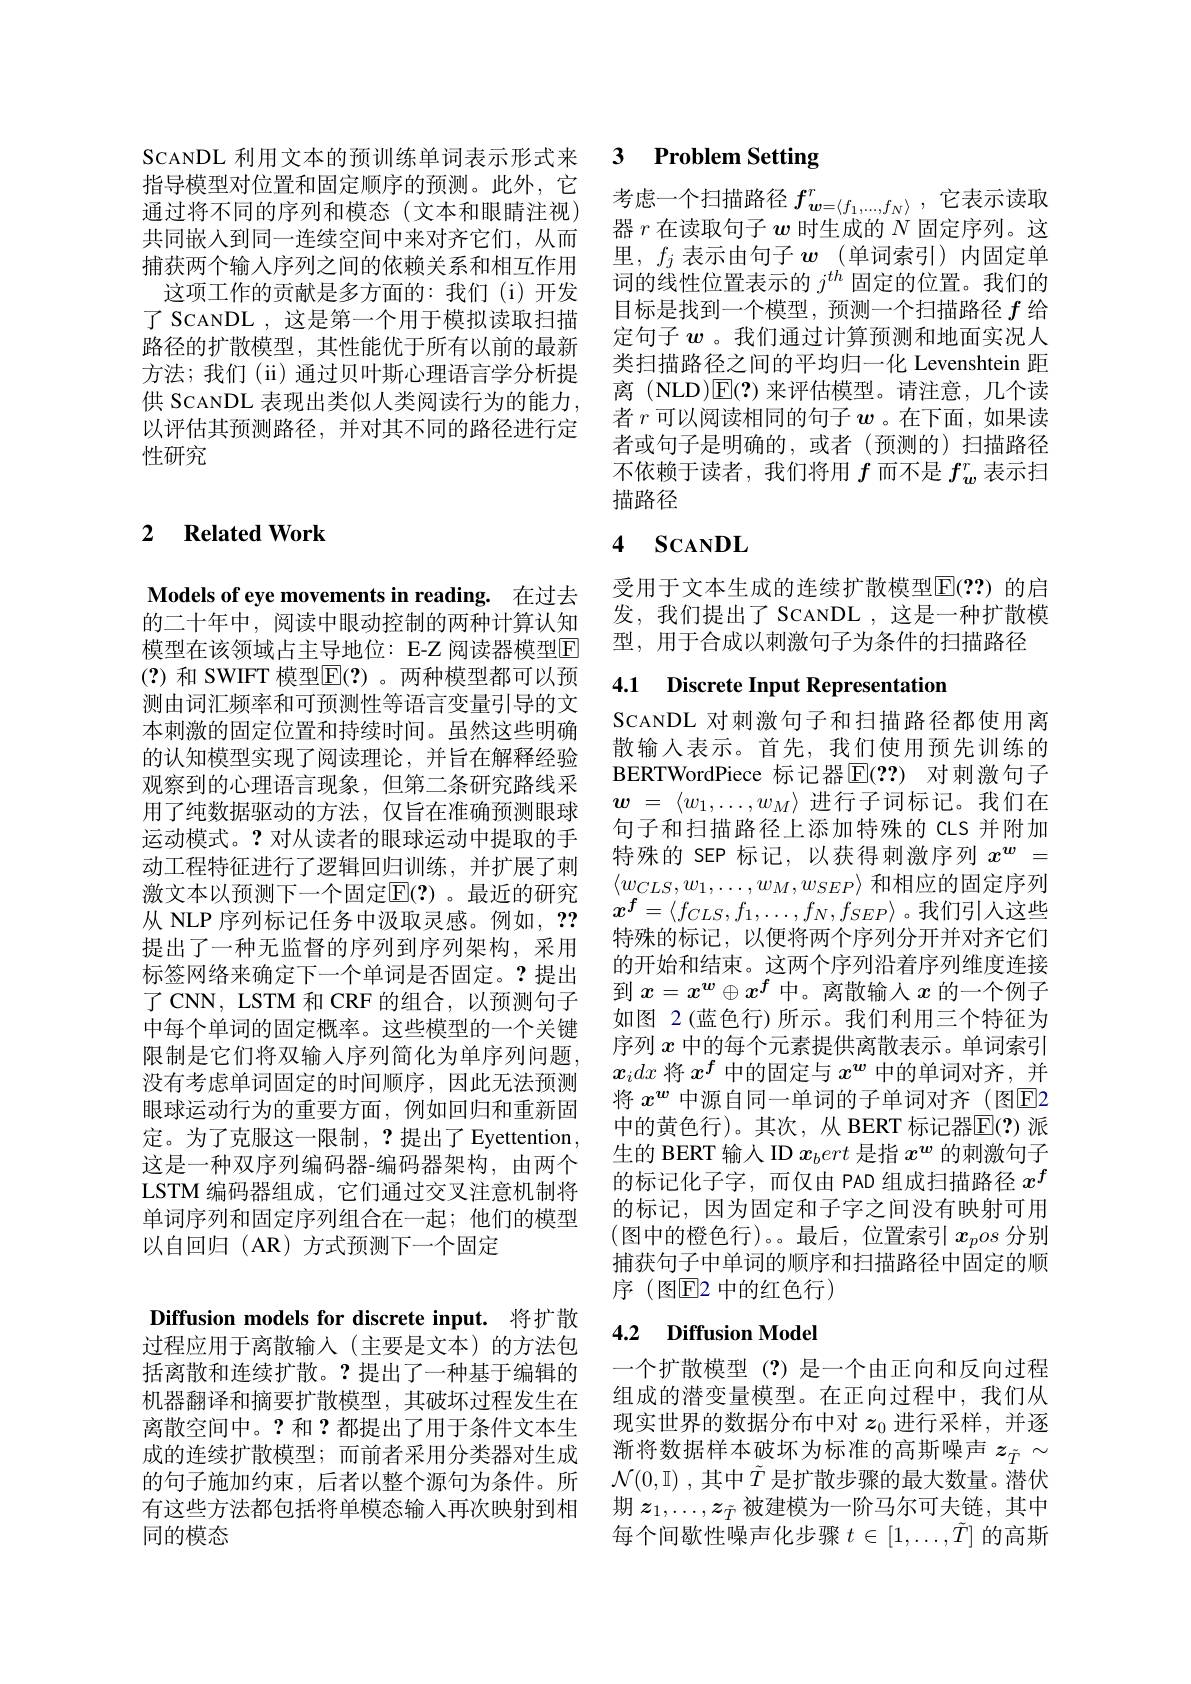
指导模型对位置和固定顺序的预测。此外，它通过将不同的序列和模态(文本和眼睛注视) 共同嵌入到同一连续空间中来对齐它们，从而捕获两个输入序列之间的依赖关系和相互作用
这项工作的贡献是多方面的：我们(i)开发了 SCANDL , 这是第一个用于模拟读取扫描路径的扩散模型，其性能优于所有以前的最新方法；我们(ii)通过贝叶斯心理语言学分析提供 SCANDL 表现出类似人类阅读行为的能力， 以评估其预测路径，并对其不同的路径进行定性研究

### 2 $\textbf{Related Work}$

Models of eye movements in reading. 在过去的二十年中，阅读中眼动控制的两种计算认知模型在该领域占主导地位：E-Z 阅读器模型$\boxed{\mathrm{F}}$ (?)和 SWIFT 模型$\overline{\mathrm{E}}(?)$。两种模型都可以预测由词汇频率和可预测性等语言变量引导的文本刺激的固定位置和持续时间。虽然这些明确的认知模型实现了阅读理论，并旨在解释经验观察到的心理语言现象，但第二条研究路线采用了纯数据驱动的方法，仅旨在准确预测眼球运动模式。?对从读者的眼球运动中提取的手动工程特征进行了逻辑回归训练，并扩展了刺激文本以预测下一个固定$\overline{\mathrm{E}}(?)$。最近的研究提出了一种无监督的序列到序列架构，采用标签网络来确定下一个单词是否固定。?提出了CNN，LSTM 和 CRF 的组合，以预测句子中每个单词的固定概率。这些模型的一个关键限制是它们将双输入序列简化为单序列问题没有考虑单词固定的时间顺序，因此无法预测眼球运动行为的重要方面，例如回归和重新固定。为了克服这一限制，?提出了Eyettention， 这是一种双序列编码器-编码器架构，由两个LSTM 编码器组成，它们通过交叉注意机制将单词序列和固定序列组合在一起；他们的模型以自回归(AR)方式预测下一个固定

Diffusion models for discrete input. 将扩散过程应用于离散输入(主要是文本)的方法包括离散和连续扩散。?提出了一种基于编辑的机器翻译和摘要扩散模型，其破坏过程发生在离散空间中。?和？都提出了用于条件文本生成的连续扩散模型；而前者采用分类器对生成的句子施加约束，后者以整个源句为条件。所有这些方法都包括将单模态输入再次映射到相 期$z_1,\ldots,z_{\tilde{T}}$被建模为一阶马尔可夫链，其中
同的模态

## SCANDL 利用文本的预训练单词表示形式来 3 Problem Setting

考虑一个扫描路径$f_{\boldsymbol{w}=\langle f_1,\ldots,f_N\rangle}^r$,它表示读取器$r$在读取句子$w$时生成的$N$固定序列。这里，$f_j$表示由句子$w$ (单词索引)内固定单词的线性位置表示的$j^{th}$固定的位置。我们的目标是找到一个模型，预测一个扫描路径$f$给定句子$w$ 。我们通过计算预测和地面实况人类扫描路径之间的平均归一化 Levenshtein 距离 (NLD)$\mathbb{E}(?)$来评估模型。请注意，几个读者$r$可以阅读相同的句子$w$ 。在下面，如果读者或句子是明确的，或者(预测的)扫描路径不依赖于读者，我们将用$f$而不是$f_w^r$表示扫描路径

## 4 $\mathbf{ScANDL}$

受用于文本生成的连续扩散模型$\operatorname{E}(??)$ 的启发，我们提出了 SCANDL ,这是一种扩散模型，用于合成以刺激句子为条件的扫描路径

## 4.1 Discrete Input Representation

SCANDL对刺激句子和扫描路径都使用离散输入表示。首先，我们使用预先训练的BERTWordPiece 标记器$\mathbb{E}(??)$ 对刺激句子$\boldsymbol{w}$ = $\langle w_1, \ldots , w_M\rangle$进行子词标记。我们在句子和扫描路径上添加特殊的 CLS 并附加特殊的 SEP 标记，以获得刺激序列$x^{w}=$ $\langle w_{CLS},w_{1},\ldots,w_{M},w_{SEP}\rangle$和相应的固定序列$x^f=\langle f_{CLS},f_1,\ldots,f_N,f_{SEP}\rangle$。我们引入这些特殊的标记，以便将两个序列分开并对齐它们的开始和结束。这两个序列沿着序列维度连接到$x=x^{\boldsymbol{w}}\oplus x^f$中。离散输入$x$的一个例子如图 2(蓝色行)所示。我们利用三个特征为序列$x$中的每个元素提供离散表示。单词索引$x_idx$将$x^f$中的固定与$x^{\boldsymbol{w}}$中的单词对齐，并将$x^w$中源自同一单词的子单词对齐(图E2中的黄色行)。其次，从 BERT 标记器$\overline{\mathrm{E}}(?)$ 派生的 BERT 输入 ID $x_bert$是指$x^{\boldsymbol{w}}$的刺激句子的标记化子字，而仅由 PAD 组成扫描路径$x^f$ 的标记，因为固定和子字之间没有映射可用(图中的橙色行)。。最后，位置索引$x_pos$ 分别捕获句子中单词的顺序和扫描路径中固定的顺序 (图$\mathbb{E}$2 中的红色行)

## 4.2 $\textbf{Diffusion Model}$

一个扩散模型(?)是一个由正向和反向过程组成的潜变量模型。在正向过程中，我们从现实世界的数据分布中对$z_0$进行采样，并逐渐将数据样本破坏为标准的高斯噪声$z_{\tilde{T}}\sim$ $\mathcal{N} ( 0, \mathbb{I} )$ ,其中$\tilde{T}$是扩散步骤的最大数量。潜伏每个间歇性噪声化步骤$t\in[1,\ldots,\tilde{T}]$的高斯